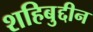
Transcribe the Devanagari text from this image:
शहिबुद्दीन